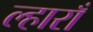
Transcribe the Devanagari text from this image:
ल्हाराँ